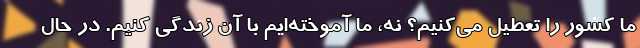
ما کشور را تعطیل می‌کنیم؟ نه، ما آموخته‌ایم با آن زندگی کنیم. در حال